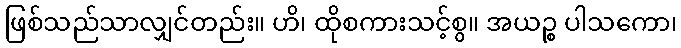
ဖြစ်သည်သာလျှင်တည်း။ ဟိ၊ ထိုစကားသင့်စွ။ အယဉ္စ ပါသကော၊